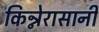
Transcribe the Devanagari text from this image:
किन्नेरासानी